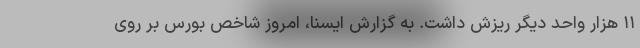
١١ هزار واحد دیگر ریزش داشت. به گزارش ایسنا، امروز شاخص بورس بر روی